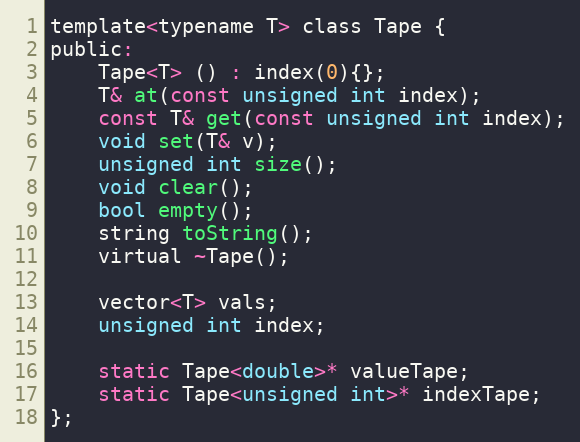
Language: C
template<typename T> class Tape {
public:
	Tape<T> () : index(0){};
	T& at(const unsigned int index);
	const T& get(const unsigned int index);
	void set(T& v);
	unsigned int size();
	void clear();
	bool empty();
	string toString();
	virtual ~Tape();

	vector<T> vals;
	unsigned int index;

	static Tape<double>* valueTape;
	static Tape<unsigned int>* indexTape;
};